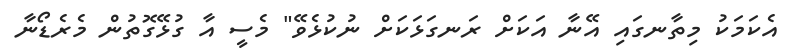
އެކަމަކު މިތާނގައި އޭނާ އަކަށް ރަނގަޅަކަށް ނުކުޅެވޭ" މެސީ އާ ގުޅޭގޮތުން މެރެޑޯނާ